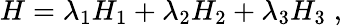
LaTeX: H=\lambda_{1}H_{1}+\lambda_{2}H_{2}+\lambda_{3}H_{3}\; ,